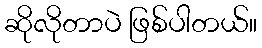
ဆိုလိုတာပဲ ဖြစ်ပါတယ်။